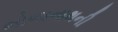
ભોળાનાથની